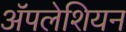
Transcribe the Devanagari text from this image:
ॲपलेशियन